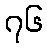
၇၆